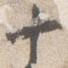
十